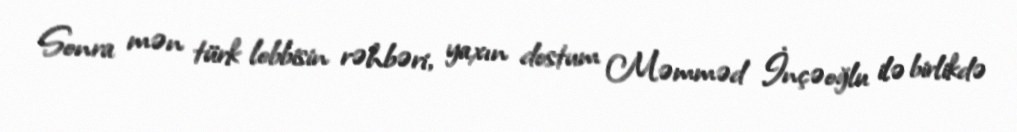
Sonra mən türk lobbisin rəhbəri, yaxın dostum Məmməd İnçəoğlu ilə birlikdə